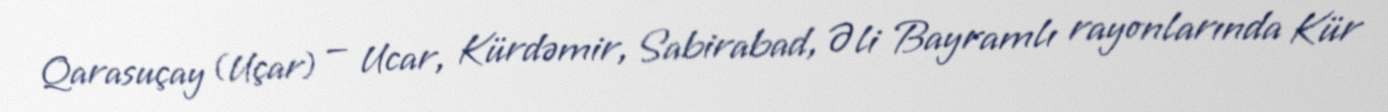
Qarasuçay (Uçar) — Ucar, Kürdəmir, Sabirabad, Əli Bayramlı rayonlarında Kür